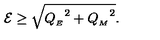
{ \cal E } \geq \sqrt { { Q _ { _ { E } } } ^ { 2 } + { Q _ { _ { M } } } ^ { 2 } } .